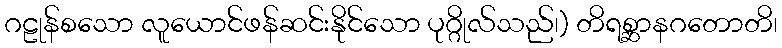
ဂဠုန်စသော လူယောင်ဖန်ဆင်းနိုင်သော ပုဂ္ဂိုလ်သည်၊) တိရစ္ဆာနဂတောတိ၊